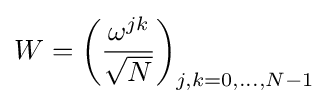
W=\left({\frac {\omega ^{jk}}{\sqrt {N}}}\right)_{j,k=0,\ldots ,N-1}